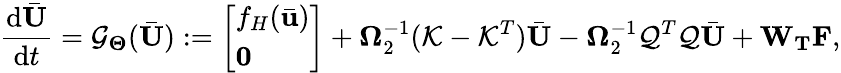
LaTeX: \frac{\mathrm{d}\bar{\mathbf{U}}}{\mathrm{d}t}=\mathcal{G}_{\boldsymbol{\Theta}}(\bar{\mathbf{U}}):=\left[\begin{array}{l}{f_{H}(\bar{\mathbf{u}})}\\ {\mathbf{0}}\end{array}\right]+\boldsymbol{\Omega}_{2}^{-1}(\mathcal{K}-\mathcal{K}^{T})\bar{\mathbf{U}}-\boldsymbol{\Omega}_{2}^{-1}\mathcal{Q}^{T}\mathcal{Q}\bar{\mathbf{U}}+\mathbf{W}_{\mathbf{T}}\mathbf{F},